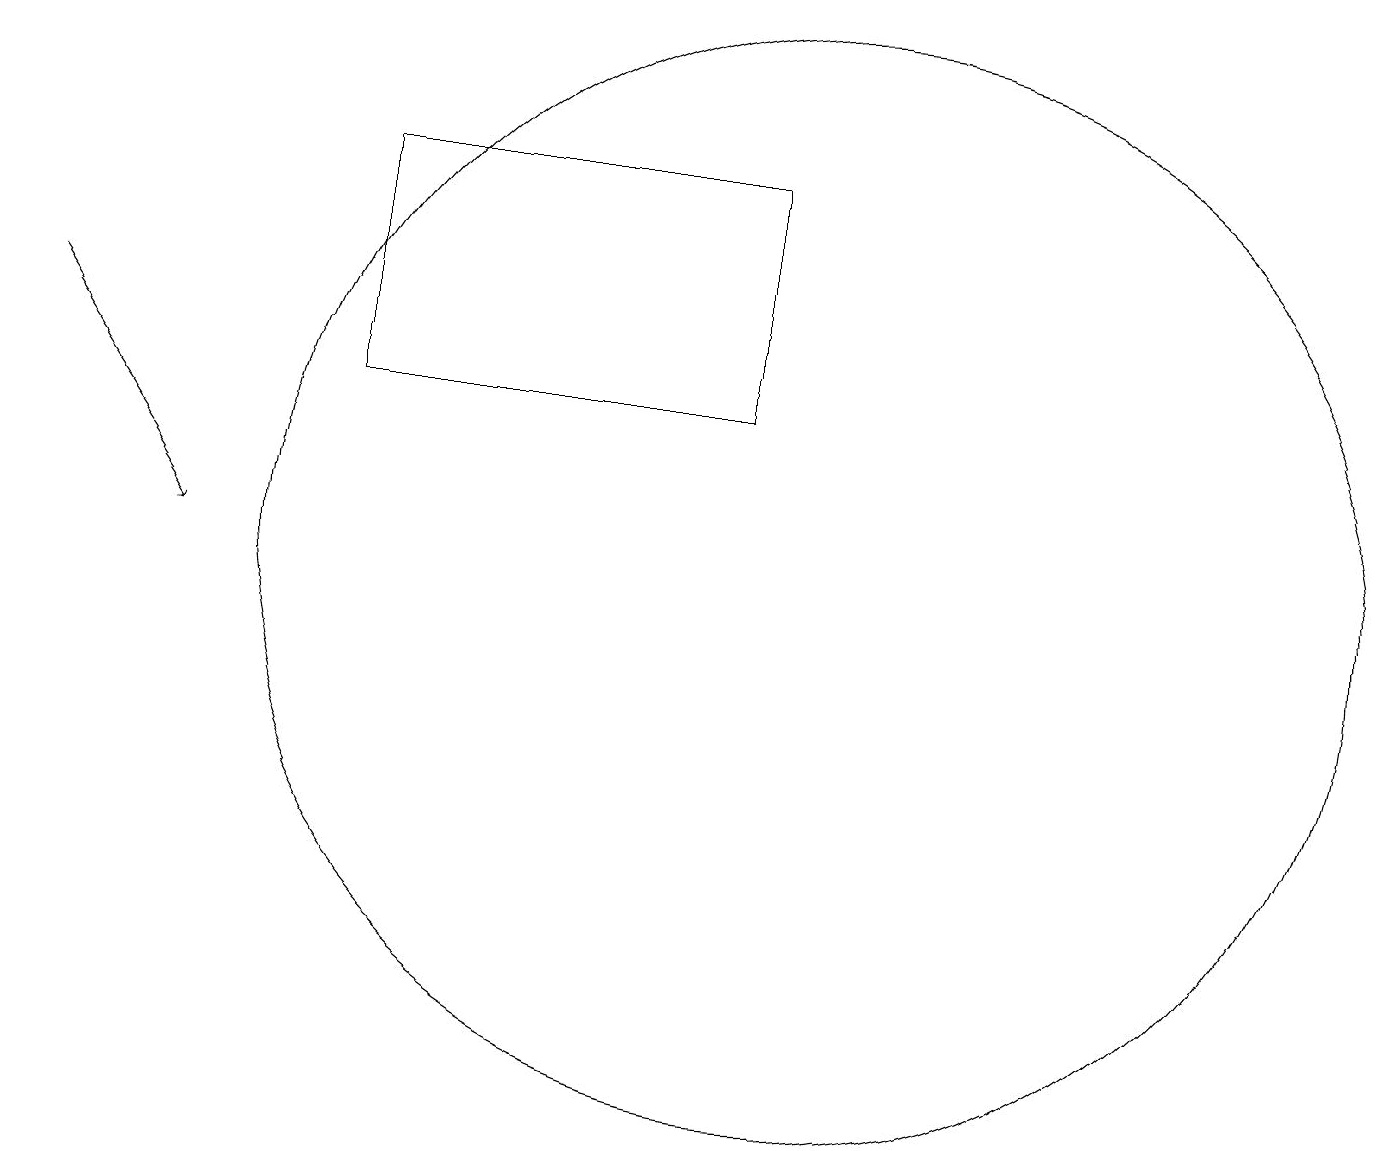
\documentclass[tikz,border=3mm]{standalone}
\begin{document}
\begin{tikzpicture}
\draw[->] (0,13) -- (2,10);
\draw (8,17) rectangle (8,17);
\draw (10,10) circle (7);
\draw (9,12) rectangle (4,15);
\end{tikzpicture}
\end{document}